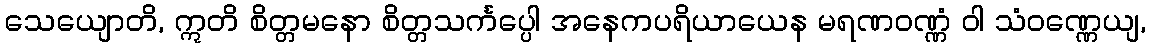
သေယျောတိ, ဣတိ စိတ္တမနော စိတ္တသင်္ကပ္ပေါ အနေကပရိယာယေန မရဏဝဏ္ဏံ ဝါ သံဝဏ္ဏေယျ,